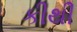
કીથી